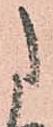
た